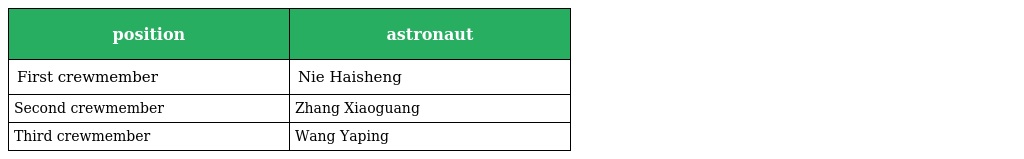
| position | astronaut |
 | --- | --- |
 | First crewmember | Nie Haisheng |
 | Second crewmember | Zhang Xiaoguang |
 | Third crewmember | Wang Yaping |